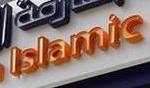
islamic